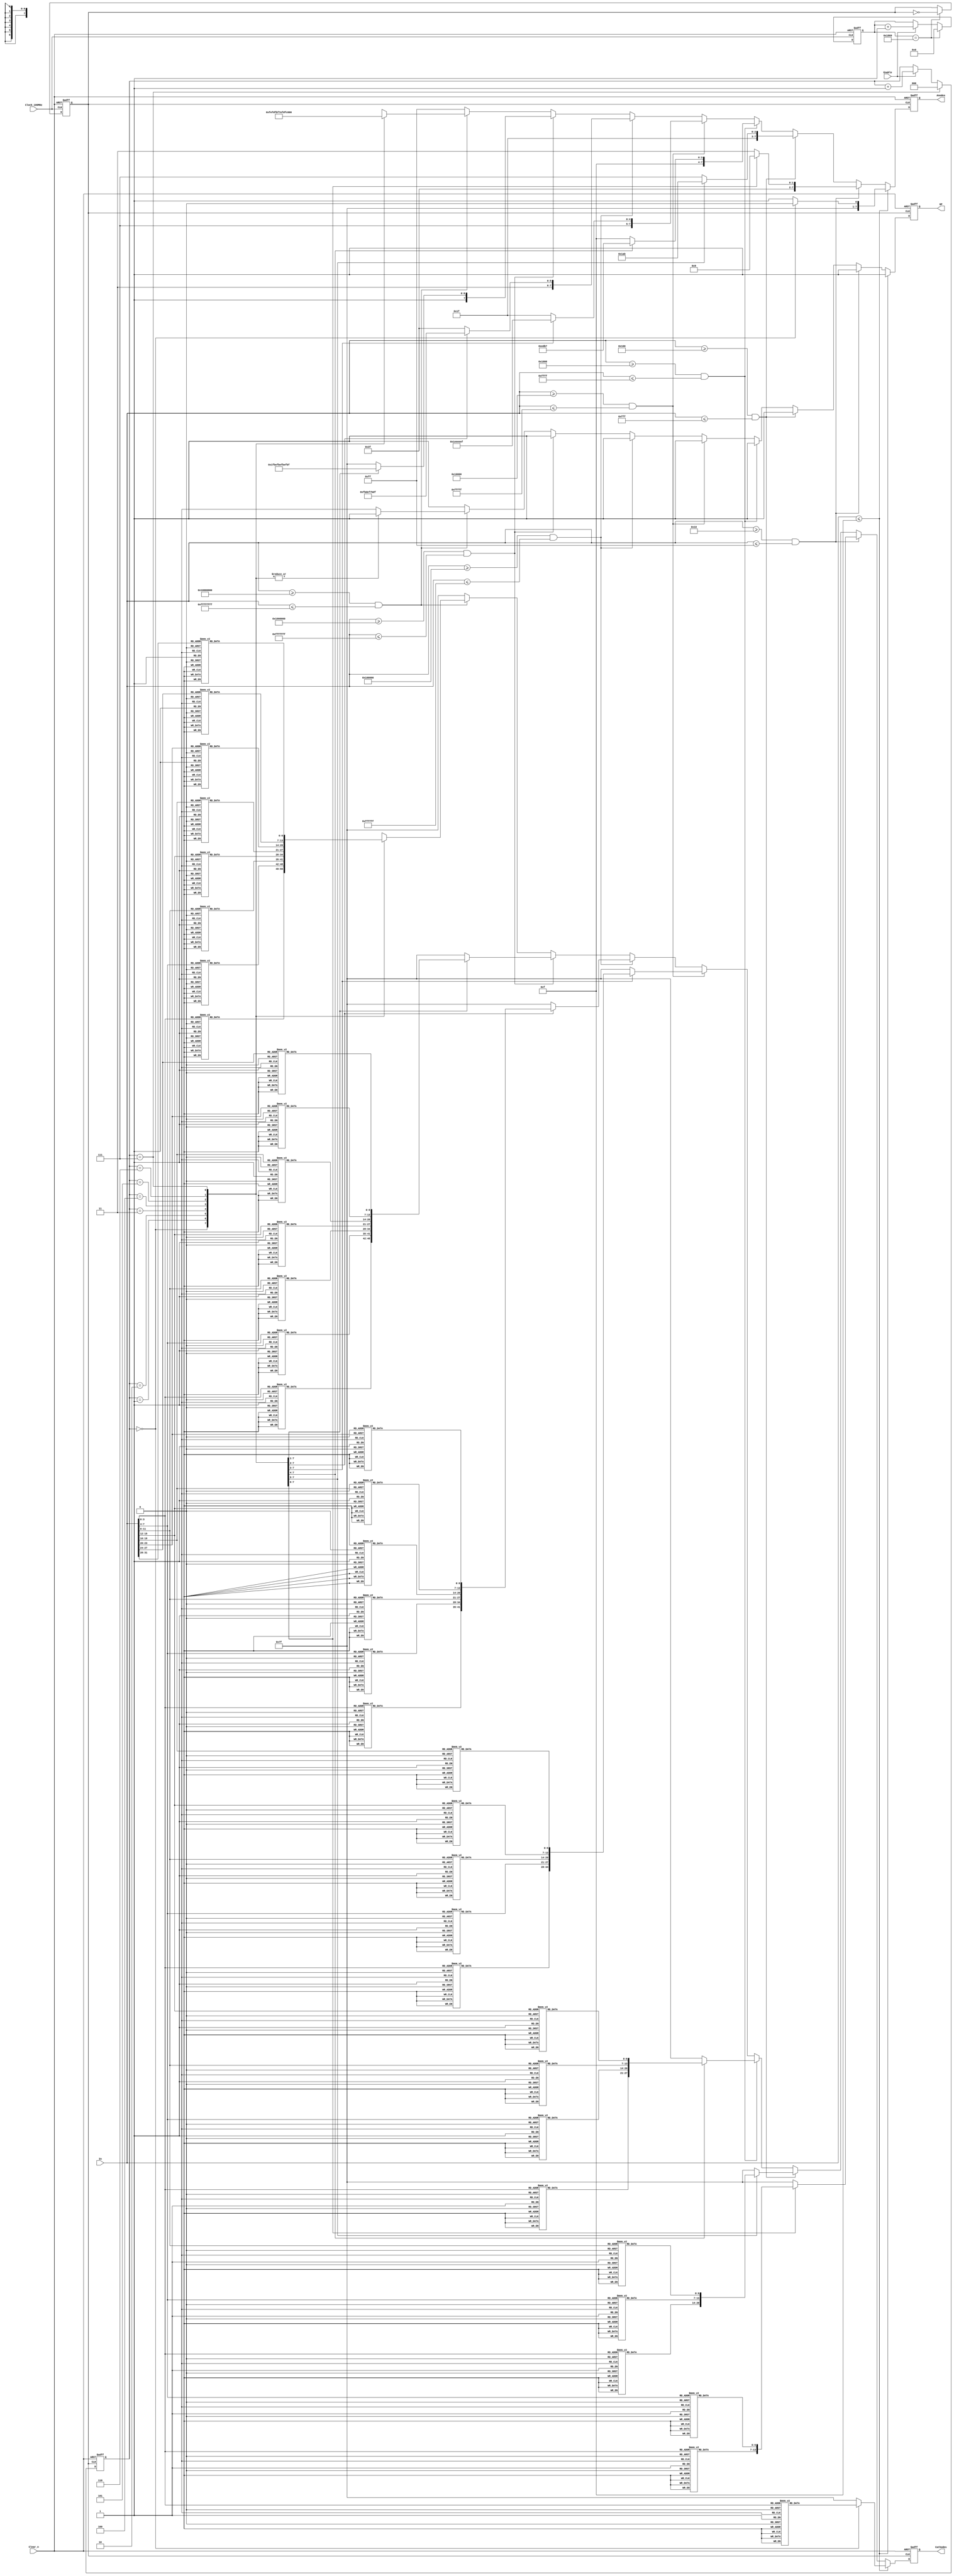
`timescale 1ns/1ns

//////////////////////////////////////////////////////////////////////////////////
// Company:  RUAS
// 
// Design Name: 
// Module Name: BCH_to_7_segment_LED_Decoder
// Project Name: 
// Target Devices: Device Independent 
// Tool Versions: 
// Description: 
// 
// Dependencies: None
// 
// Revision:
// Revision 0.01 - File Created
// Additional Comments:
// 
//////////////////////////////////////////////////////////////////////////////////

module BCH_to_7_segment_LED_Decoder( 
         output reg DP,             // Decimal point selection for 7_seg_LED Display
         output reg [6:0] Cathodes, // Cathode selection for 7_seg_LED Display
         output reg [7:0] Anodes,   //Anode selection for 7_seg_LED Display
         input  Enable, Clock_100MHz, Clear_n,
         input  [31:0] In); 
         
        
 // This program uses 1ms refresh scheme for 7-segment_LED display,
   // i.e all eight digits are driven once every 1ms
   // There are 8 digits, so create a clock of 1ms/8 = 125 s(8 KHz)
   // 125 s clock = 62.5 s on + 62.5 s off
   // 10 ns = 1; 62.5 s = x; x = 6250; 
   // 6249 = 1_1000_0110_1001b
    
    reg [12:0] count_6250; 
    reg clock_8KHz;  
  
    always@(posedge Clock_100MHz, negedge Clear_n)
       if(!Clear_n)
          begin
            count_6250  <= 0;
            clock_8KHz  <= 0;
          end          
       else if(count_6250 == 6249)
            begin
              count_6250  <= 0;
              clock_8KHz <= ~clock_8KHz;                                
            end 
        else if(Enable)
             count_6250 <= count_6250 + 1;
          
          
 // Generate Anode assert for 7-segment LED
  // 7 for Digit 7, ------  0 for Digit 0   
     reg [2:0] Digit;
     
     always@(posedge clock_8KHz, negedge Clear_n)
        if(!Clear_n)
           Digit <= 3'b000;          
        else if(Digit == 7) 
           Digit <= 3'b000;                    
        else if(Enable)
           Digit <= Digit + 1;  
           
          
// Make assignments to Anodes and cathodes based on In
  always@(negedge clock_8KHz, negedge Clear_n)
    if(!Clear_n)
       begin 
         DP <= 1;
         Anodes   <= 8'b11111110;
         Decoder(4'd0);  // 0
       end   
    else if(In <= 4'hF)  
       case(Digit) // Assert AN0 
               0 : Digit_0;
         default : Digit_disable;          
       endcase         
    else if((In >= 8'h10) && (In <= 8'hFF)) 
       case(Digit) // Assert AN0,AN1
               0 : Digit_0;
               1 : Digit_1;
         default : Digit_disable;  
       endcase         
    else if((In >= 12'h100) && (In <= 12'hFFF))       
       case(Digit) // Assert AN0,AN1,AN2
               0 : Digit_0;
               1 : Digit_1;
               2 : Digit_2;
         default : Digit_disable; 
       endcase        
    else if((In >= 16'h1000) && (In <= 16'hFFFF)) 
        case(Digit) // Assert AN0,AN1,AN2,AN3
                0 : Digit_0;
                1 : Digit_1;
                2 : Digit_2;
                3 : Digit_3;
          default : Digit_disable;       
        endcase         
    else if((In >= 20'h10000) && (In <= 20'hFFFFF))
        case(Digit) // Assert AN0,AN1,AN2,AN3,AN4
                0 : Digit_0;
                1 : Digit_1;
                2 : Digit_2;
                3 : Digit_3;
                4 : Digit_4;
          default : Digit_disable;      
        endcase         
    else if((In >= 24'h100000) && (In <= 24'hFFFFFF))
        case(Digit) // Assert AN0,AN1,AN2,AN3,AN4,AN5
                0 : Digit_0;
                1 : Digit_1;
                2 : Digit_2;
                3 : Digit_3;
                4 : Digit_4;
                5 : Digit_5;
          default : Digit_disable;      
        endcase  
   else if((In >= 28'h1000000) && (In <= 28'hFFFFFFF))
        case(Digit) // Assert AN0,AN1,AN2,AN3,AN4,AN5,AN6
                0 : Digit_0;
                1 : Digit_1;
                2 : Digit_2;
                3 : Digit_3;
                4 : Digit_4;
                5 : Digit_5;
                6 : Digit_6;
          default : Digit_disable;      
        endcase
   else if((In >= 32'h10000000) && (In <= 32'hFFFFFFFF)) 
        case(Digit) // Assert AN0,AN1,AN2,AN3,AN4,AN5,AN6,AN7 
                0 : Digit_0;
                1 : Digit_1;
                2 : Digit_2;
                3 : Digit_3;
                4 : Digit_4;
                5 : Digit_5;
                6 : Digit_6;
                7 : Digit_7;
        endcase    
   else // Disable All Anodes and Cathodes if In is NOT between 0 and FFFFFFFF
       Digit_disable;  
       
      
 task Digit_disable;
   begin  
     DP <= 1;
     Anodes   <= 8'b11111111; // Disble all 
     Cathodes <= 7'b1111111; // Disble all 
   end  
 endtask        
                     
 task Digit_0;
   begin
     DP <= 1;
     Anodes <= 8'b11111110;
     Decoder(In[3:0]);
   end  
 endtask  
          
 task Digit_1;
   begin
     DP <= 1;
     Anodes <= 8'b11111101;
     Decoder(In[7:4]);
   end  
 endtask     
          
 task Digit_2;
   begin          
     DP <= 1;
     Anodes <= 8'b11111011;
     Decoder(In[11:8]);
   end  
 endtask 
          
 task Digit_3;
   begin
    DP <= 1;
    Anodes <= 8'b11110111;
    Decoder(In[15:12]);
   end  
 endtask  
          
 task Digit_4;
   begin
     DP <= 1;
     Anodes <= 8'b11101111;
     Decoder(In[19:16]);
   end  
 endtask 
          
 task Digit_5;
   begin
     DP <= 1;
     Anodes <= 8'b11011111;
     Decoder(In[23:20]);
   end  
 endtask 
      
 task Digit_6;
   begin
     DP <= 1;
     Anodes <= 8'b10111111;
     Decoder(In[27:24]);
   end  
 endtask 
          
 task Digit_7;
   begin
     DP <= 1;
     Anodes <= 8'b01111111;
     Decoder(In[31:28]);
   end  
 endtask  
         
  
 // Enable Cathodes of a digit       
    task Decoder;
     input [3:0] BCH_Number;
      case(BCH_Number)  //Assign values to Cathodes, A as MSB and G as LSB
           0:  Cathodes <= 7'b0000001; // 0
           1:  Cathodes <= 7'b1001111; // 1
           2:  Cathodes <= 7'b0010010; // 2
           3:  Cathodes <= 7'b0000110; // 3
           4:  Cathodes <= 7'b1001100; // 4
           5:  Cathodes <= 7'b0100100; // 5
           6:  Cathodes <= 7'b0100000; // 6
           7:  Cathodes <= 7'b0001111; // 7
           8:  Cathodes <= 7'b0000000; // 8
           9:  Cathodes <= 7'b0000100; // 9
           10: Cathodes <= 7'b0001000; // A
           11: Cathodes <= 7'b1100000; // b
           12: Cathodes <= 7'b0110001; // C
           13: Cathodes <= 7'b1000010; // d
           14: Cathodes <= 7'b0110000; // E
           15: Cathodes <= 7'b0111000; // F
       endcase                 
     endtask   
   
 endmodule